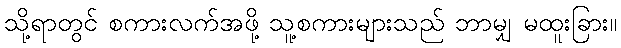
သို့ရာတွင် စကားလက်အဖို့ သူ့စကားများသည် ဘာမျှ မထူးခြား။